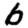
Digit: 6